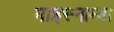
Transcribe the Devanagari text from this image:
माइस्नाम्बा